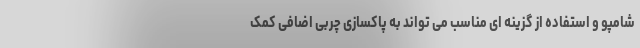
شامپو و استفاده از گزینه ای مناسب می تواند به پاکسازی چربی اضافی کمک